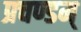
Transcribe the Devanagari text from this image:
प्रचण्डम्